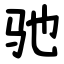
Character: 驰